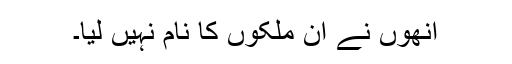
اُنھوں نے اُن ملکوں کا نام نہیں لیا۔